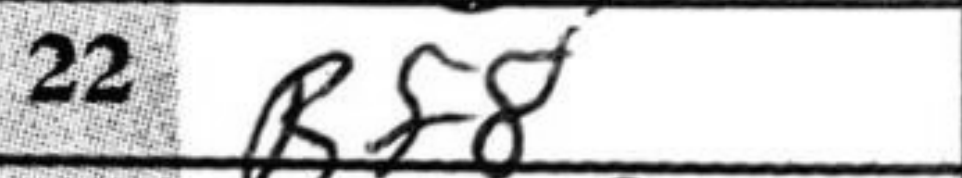
Transcription: Rf8